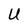
Character: U